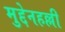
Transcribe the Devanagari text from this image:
मुद्देनहल्ली